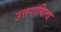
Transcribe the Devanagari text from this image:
उत्तरायित्व